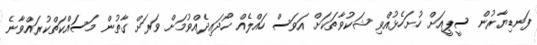
ފަނޑިޔާރުން ސީޕީއަށް ހުށަހެޅުއްވި ޝަކުވާތަކަށް އަވަސް ހައްލެއް ހޯދައިދެއްވުމަށް ވަރަށް ގާތުން މަސައްކަތްކުރައްވާނެ